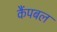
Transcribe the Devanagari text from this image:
कैंपबल